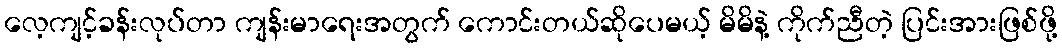
လေ့ကျင့်ခန်းလုပ်တာ ကျန်းမာရေးအတွက် ကောင်းတယ်ဆိုပေမယ့် မိမိနဲ့ ကိုက်ညီတဲ့ ပြင်းအားဖြစ်ဖို့